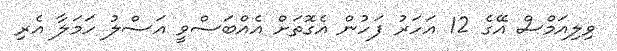
ވިލިއަމްސް އޭގެ 12 އަހަރު ފަހުން އެގޮތަށް އެއްބަސްވީ އަސްލު ހަމަލާ އެރި